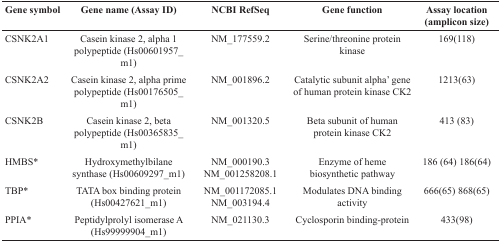
<table><thead><tr><td><b>Gene symbol</b></td><td><b>Gene name (Assay ID)</b></td><td><b>NCBI RefSeq</b></td><td><b>Gene function</b></td><td><b>Assay location (amplicon size)</b></td></tr></thead><tbody><tr><td>CSNK2A1</td><td>Casein kinase 2, alpha 1 polypeptide (Hs00601957_m1)</td><td>NM_177559.2</td><td>Serine/threonine protein kinase</td><td>169(118)</td></tr><tr><td>CSNK2A2</td><td>Casein kinase 2, alpha prime polypeptide (Hs00176505_m1)</td><td>NM_001896.2</td><td>Catalytic subunit alpha&#x27; gene of human protein kinase CK2</td><td>1213(63)</td></tr><tr><td>CSNK2B</td><td>Casein kinase 2, beta polypeptide (Hs00365835_m1)</td><td>NM_001320.5</td><td>Beta subunit of human protein kinase CK2</td><td>413 (83)</td></tr><tr><td>HMBS*</td><td>Hydroxymethylbilane synthase (Hs00609297_m1)</td><td>NM_000190.3 NM_001258208.1</td><td>Enzyme of heme biosynthetic pathway</td><td>186 (64) 186(64)</td></tr><tr><td>TBP*</td><td>TATA box binding protein (Hs00427621_m1)</td><td>NM_001172085.1 NM_003194.4</td><td>Modulates DNA binding activity</td><td>666(65) 868(65)</td></tr><tr><td>PPIA*</td><td>Peptidylprolyl isomerase A (Hs99999904_m1)</td><td>NM_021130.3</td><td>Cyclosporin binding-protein</td><td>433(98)</td></tr></tbody></table>